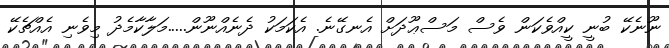
ނޫނެކޭ ބުނީ ކީއްވެކަން ވެސް މަސްޢޫދަށް އެނގޭނެ. އެކަމަކު ދެނެއްނޫން.....މަލާކާމެދު މިވެނި އެއްޗެކޭ